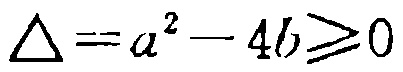
\(\Delta = a^{2}-4b\geqslant0\)